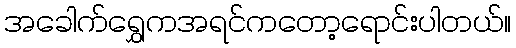
အခေါက်ရွှေကအရင်ကတော့ရောင်းပါတယ်။